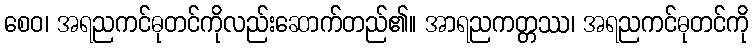
စေဝ၊ အရညကင်ဓုတင်ကိုလည်းဆောက်တည်၏။ အာရညကတ္တဿ၊ အရညကင်ဓုတင်ကို